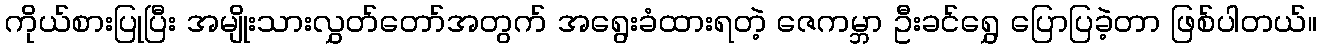
ကိုယ်စားပြုပြီး အမျိုးသားလွှတ်တော်အတွက် အရွေးခံထားရတဲ့ ဇေကမ္ဘာ ဦးခင်ရွှေ ပြောပြခဲ့တာ ဖြစ်ပါတယ်။